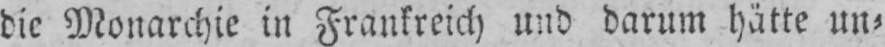
die Monarchie in Frankreich und darum hätte un⸗